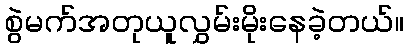
စွဲမက်အတုယူလွှမ်းမိုးနေခဲ့တယ်။